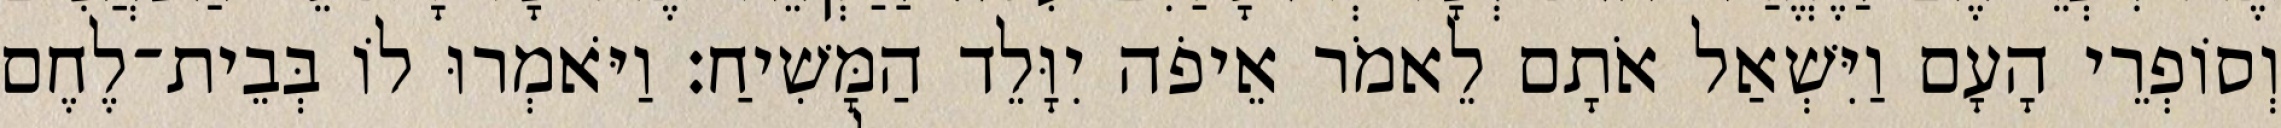
וְסוֹפְרֵי הָעָם וַיִּשְׁאַל אֹתָם לֵאמֹר אֵיפֹה יִוָּלֵד הַמָּשִׁיחַ׃ וַיֹּאמְרוּ לוֹ בְּבֵית־לֶחֶם